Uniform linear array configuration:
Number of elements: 8
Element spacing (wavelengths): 0.25
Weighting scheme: hann
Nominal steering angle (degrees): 30
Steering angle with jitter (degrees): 28.344
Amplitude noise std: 0.05
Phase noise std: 0.05

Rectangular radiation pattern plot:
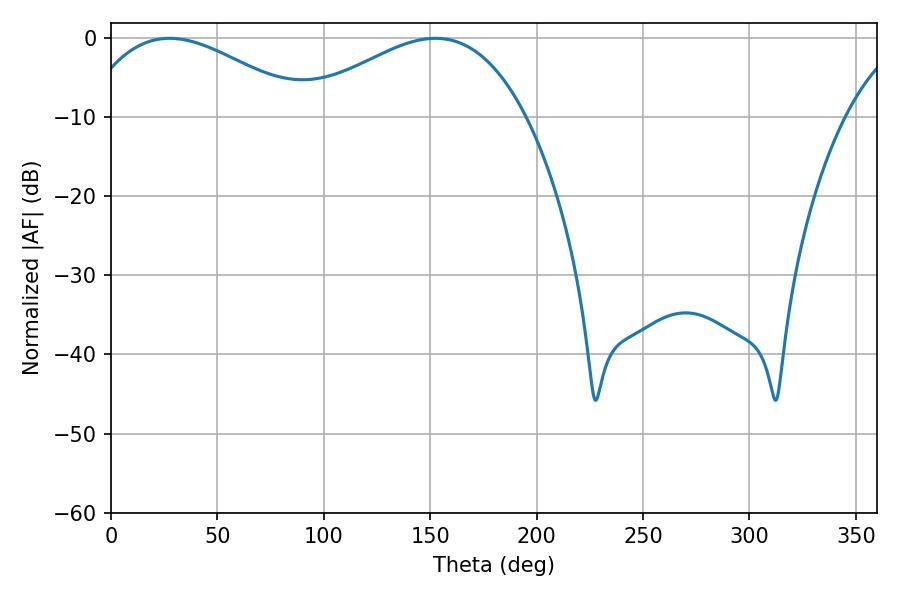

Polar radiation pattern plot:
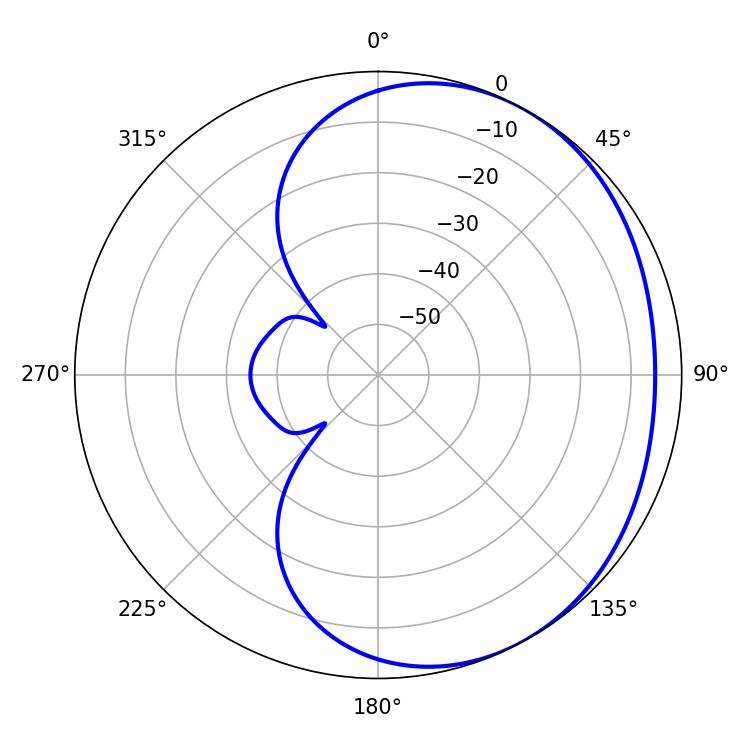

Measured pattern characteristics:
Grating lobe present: FALSE
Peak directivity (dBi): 2.436
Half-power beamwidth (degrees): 58.14
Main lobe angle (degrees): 27.54